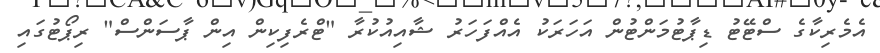
އެމެރިކާގެ ސްޓޭޓު ޑިޕާޓުމަންޓުން އަހަރަކު އެއްފަހަރު ޝާއިއުކުރާ "ޓްރެފިކިން އިން ޕާސަންސް" ރިޕޯޓުގައި